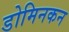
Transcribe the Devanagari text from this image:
डोमिनकन